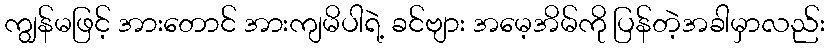
ကျွန်မဖြင့် အားတောင် အားကျမိပါရဲ့ ခင်ဗျား အမေ့အိမ်ကို ပြန်တဲ့အခါမှာလည်း